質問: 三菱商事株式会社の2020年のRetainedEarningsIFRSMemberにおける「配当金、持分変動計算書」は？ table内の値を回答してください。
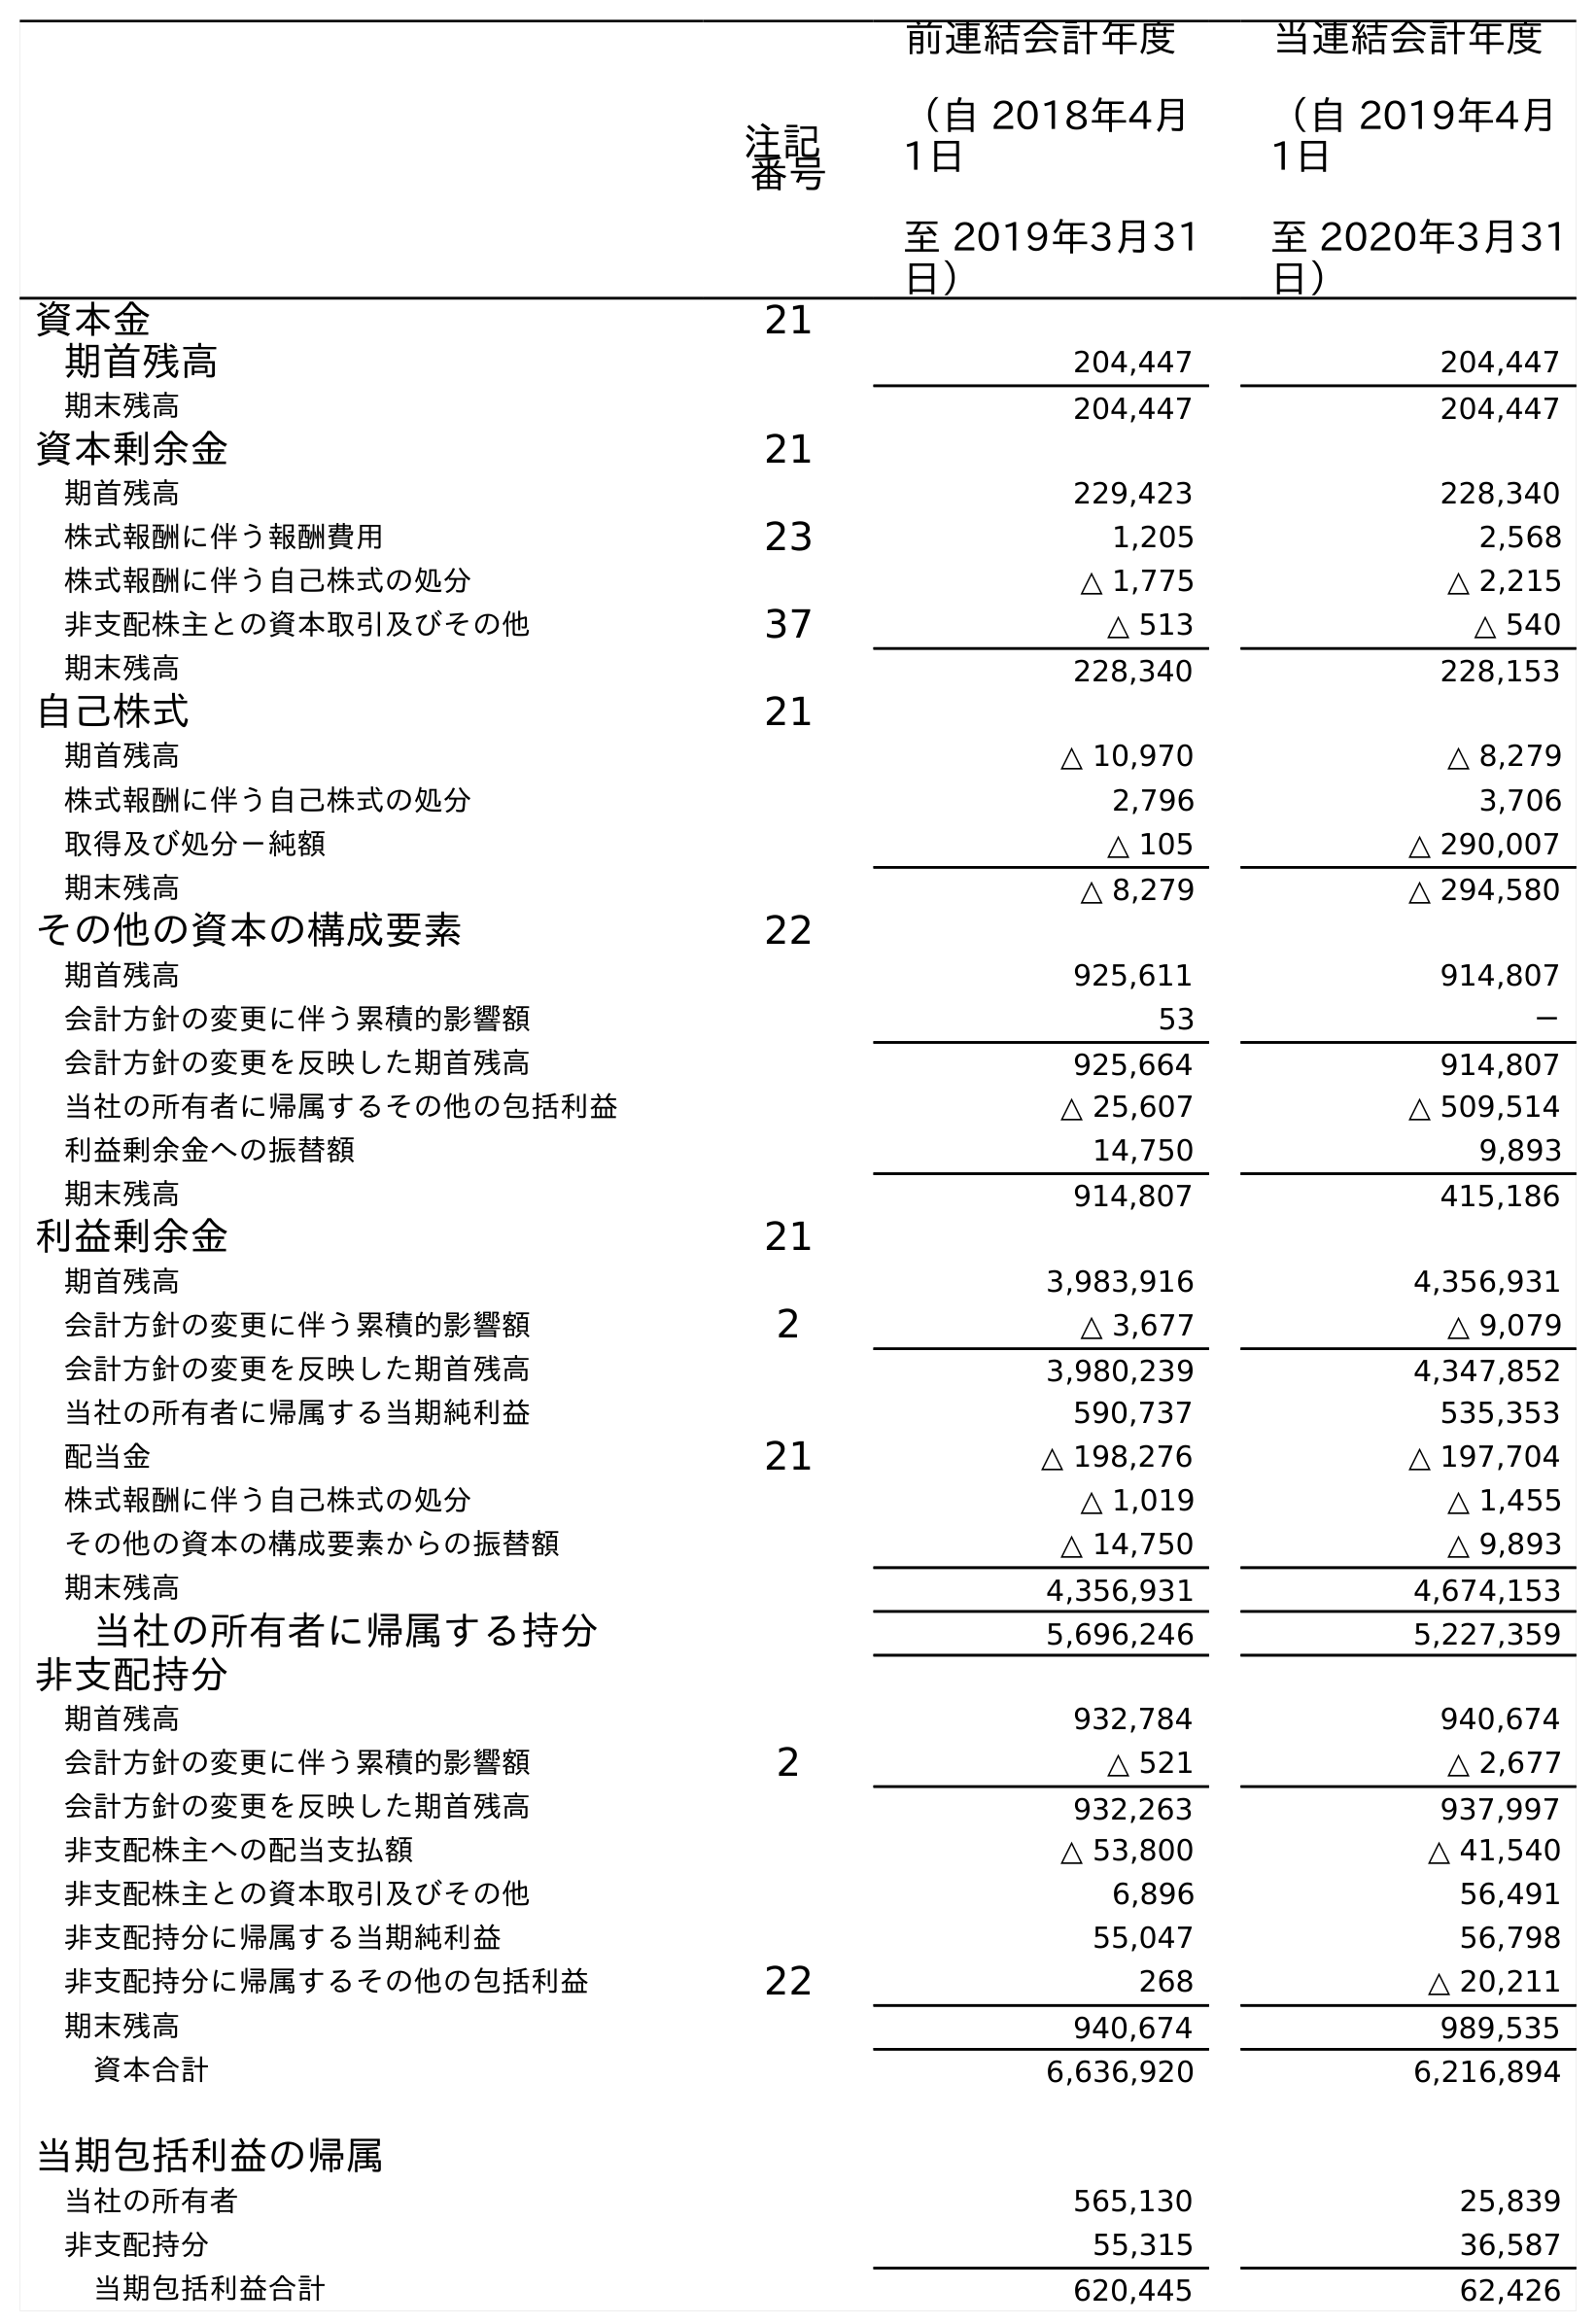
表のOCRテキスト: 注記 番号 前連結会計年度 （自 2018年4月 1日 至 2019年3月31 日） 当連結会計年度 （自 2019年4月 1日 至 2020年3月31 日） 資本金 21 期首残高 204,447 204,447 期末残高 204,447 204,447 資本剰余金 21 期首残高 229,423 228,340 株式報酬に伴う報酬費用 23 1,205 2,568 株式報酬に伴う自己株式の処分 △ 1,775 △ 2,215 非支配株主との資本取引及びその他 37 △ 513 △ 540 期末残高 228,340 228,153 自己株式 21 期首残高 △ 10,970 △ 8,279 株式報酬に伴う自己株式の処分 2,796 3,706 取得及び処分－純額 △ 105 △ 290,007 期末残高 △ 8,279 △ 294,580 その他の資本の構成要素 22 期首残高 925,611 914,807 会計方針の変更に伴う累積的影響額 53 － 会計方針の変更を反映した期首残高 925,664 914,807 当社の所有者に帰属するその他の包括利益 △ 25,607 △ 509,514 利益剰余金への振替額 14,750 9,893 期末残高 914,807 415,186 利益剰余金 21 期首残高 3,983,916 4,356,931 会計方針の変更に伴う累積的影響額 2 △ 3,677 △ 9,079 会計方針の変更を反映した期首残高 3,980,239 4,347,852 当社の所有者に帰属する当期純利益 590,737 535,353 配当金 21 △ 198,276 △ 197,704 株式報酬に伴う自己株式の処分 △ 1,019 △ 1,455 その他の資本の構成要素からの振替額 △ 14,750 △ 9,893 期末残高 4,356,931 4,674,153 当社の所有者に帰属する持分 5,696,246 5,227,359 非支配持分 期首残高 932,784 940,674 会計方針の変更に伴う累積的影響額 2 △ 521 △ 2,677 会計方針の変更を反映した期首残高 932,263 937,997 非支配株主への配当支払額 △ 53,800 △ 41,540 非支配株主との資本取引及びその他 6,896 56,491 非支配持分に帰属する当期純利益 55,047 56,798 非支配持分に帰属するその他の包括利益 22 268 △ 20,211 期末残高 940,674 989,535 資本合計 6,636,920 6,216,894 当期包括利益の帰属 当社の所有者 565,130 25,839 非支配持分 55,315 36,587 当期包括利益合計 620,445 62,426
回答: △197,704